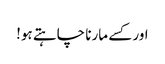
اور کسے مارنا چاہتے ہو!